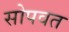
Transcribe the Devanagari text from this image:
सोपवत